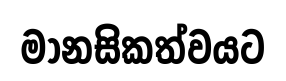
මානසිකත්වයට